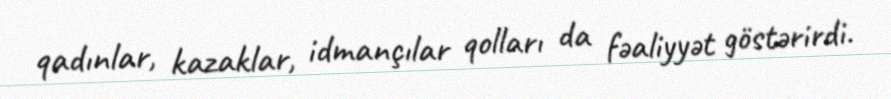
qadınlar, kazaklar, idmançılar qolları da fəaliyyət göstərirdi.